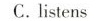
C.listens